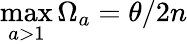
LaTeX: \operatorname*{max}_{a>1}\Omega_{a}={\theta}/{2n}